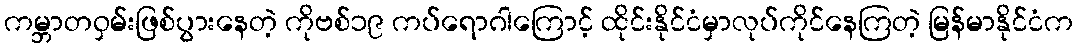
ကမ္ဘာတဝှမ်းဖြစ်ပွားနေတဲ့ ကိုဗစ်၁၉ ကပ်ရောဂါကြောင့် ထိုင်းနိုင်ငံမှာလုပ်ကိုင်နေကြတဲ့ မြန်မာနိုင်ငံက